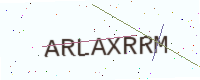
Text: ARLAXRRM